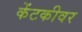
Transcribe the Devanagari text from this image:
केंटकीवर